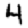
Digit: 4